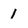
Character: 1